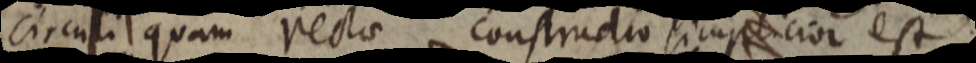
circuli quam rectae constructio simplicior est